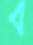
ব